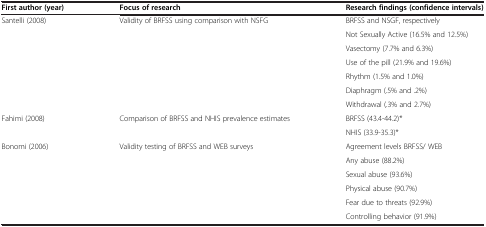
<table><thead><tr><td><b>First author (year)</b></td><td><b>Focus of research</b></td><td><b>Research findings (confidence intervals)</b></td></tr></thead><tbody><tr><td rowspan="7">Santelli (2008)</td><td rowspan="7">Validity of BRFSS using comparison with NSFG</td><td>BRFSS and NSGF, respectively</td></tr><tr><td>Not Sexually Active (16.5% and 12.5%)</td></tr><tr><td>Vasectomy (7.7% and 6.3%)</td></tr><tr><td>Use of the pill (21.9% and 19.6%)</td></tr><tr><td>Rhythm (1.5% and 1.0%)</td></tr><tr><td>Diaphragm (.5% and .2%)</td></tr><tr><td>Withdrawal (.3% and 2.7%)</td></tr><tr><td rowspan="2">Fahimi (2008)</td><td rowspan="2">Comparison of BRFSS and NHIS prevalence estimates</td><td>BRFSS (43.4-44.2)*</td></tr><tr><td>NHIS (33.9-35.3)*</td></tr><tr><td rowspan="5">Bonomi (2006)</td><td rowspan="5">Validity testing of BRFSS and WEB surveys</td><td>Agreement levels BRFSS/ WEB</td></tr><tr><td>Any abuse (88.2%)</td></tr><tr><td>Sexual abuse (93.6%)</td></tr><tr><td>Physical abuse (90.7%)</td></tr><tr><td>Fear due to threats (92.9%)</td></tr><tr><td> </td><td> </td><td>Controlling behavior (91.9%)</td></tr></tbody></table>